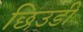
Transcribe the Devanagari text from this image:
छिउडी